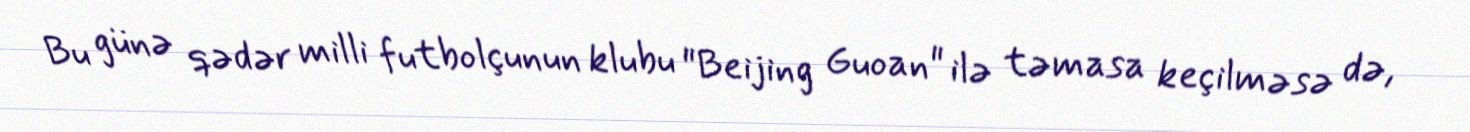
Bu günə qədər milli futbolçunun klubu "Beijing Guoan" ilə təmasa keçilməsə də,